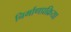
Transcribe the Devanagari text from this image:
निर्माणप्रक्रिया